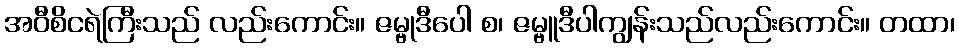
အဝီစိငရဲကြီးသည် လည်းကောင်း။ ဇမ္ဗုဒီပေါ စ၊ ဇမ္ဗူဒီပါကျွန်းသည်လည်းကောင်း။ တထာ၊